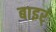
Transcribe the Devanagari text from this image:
बाइर्ं